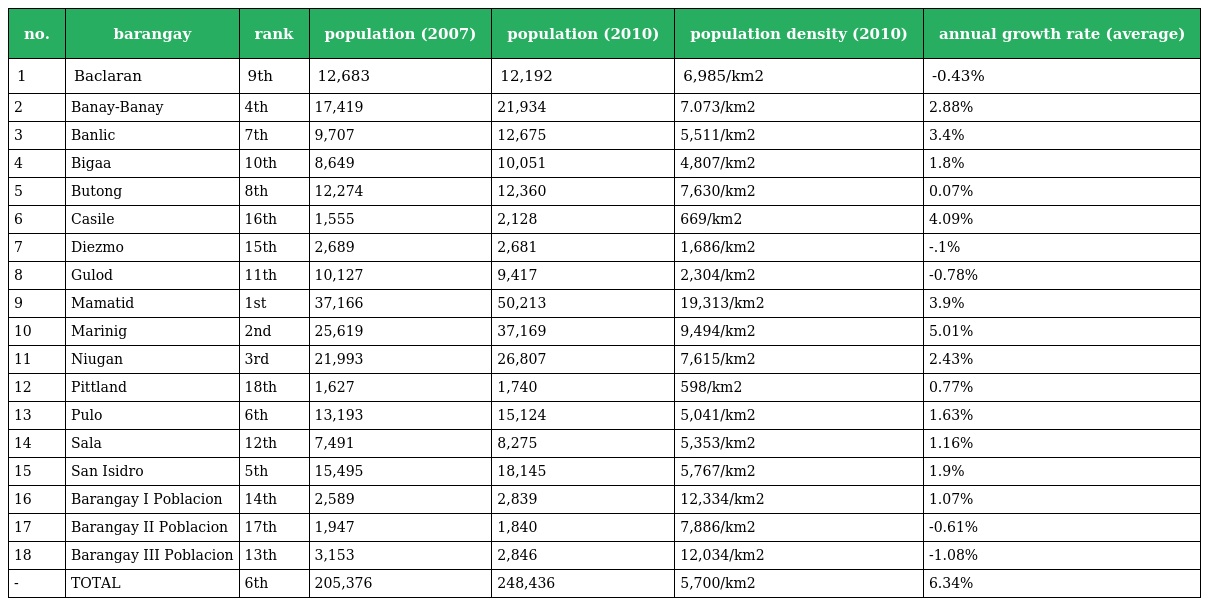
| no. | barangay | rank | population (2007) | population (2010) | population density (2010) | annual growth rate (average) |
 | --- | --- | --- | --- | --- | --- | --- |
 | 1 | Baclaran | 9th | 12,683 | 12,192 | 6,985/km2 | -0.43% |
 | 2 | Banay-Banay | 4th | 17,419 | 21,934 | 7.073/km2 | 2.88% |
 | 3 | Banlic | 7th | 9,707 | 12,675 | 5,511/km2 | 3.4% |
 | 4 | Bigaa | 10th | 8,649 | 10,051 | 4,807/km2 | 1.8% |
 | 5 | Butong | 8th | 12,274 | 12,360 | 7,630/km2 | 0.07% |
 | 6 | Casile | 16th | 1,555 | 2,128 | 669/km2 | 4.09% |
 | 7 | Diezmo | 15th | 2,689 | 2,681 | 1,686/km2 | -.1% |
 | 8 | Gulod | 11th | 10,127 | 9,417 | 2,304/km2 | -0.78% |
 | 9 | Mamatid | 1st | 37,166 | 50,213 | 19,313/km2 | 3.9% |
 | 10 | Marinig | 2nd | 25,619 | 37,169 | 9,494/km2 | 5.01% |
 | 11 | Niugan | 3rd | 21,993 | 26,807 | 7,615/km2 | 2.43% |
 | 12 | Pittland | 18th | 1,627 | 1,740 | 598/km2 | 0.77% |
 | 13 | Pulo | 6th | 13,193 | 15,124 | 5,041/km2 | 1.63% |
 | 14 | Sala | 12th | 7,491 | 8,275 | 5,353/km2 | 1.16% |
 | 15 | San Isidro | 5th | 15,495 | 18,145 | 5,767/km2 | 1.9% |
 | 16 | Barangay I Poblacion | 14th | 2,589 | 2,839 | 12,334/km2 | 1.07% |
 | 17 | Barangay II Poblacion | 17th | 1,947 | 1,840 | 7,886/km2 | -0.61% |
 | 18 | Barangay III Poblacion | 13th | 3,153 | 2,846 | 12,034/km2 | -1.08% |
 | - | TOTAL | 6th | 205,376 | 248,436 | 5,700/km2 | 6.34% |